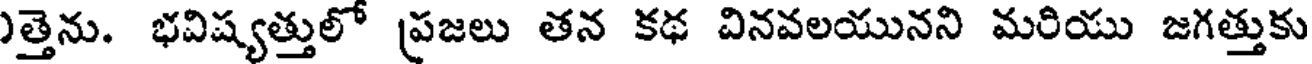
)త్తెను. భవిష్యత్తులో ప్రజలు తన కథ వినవలయునని మరియు జగత్తుకు